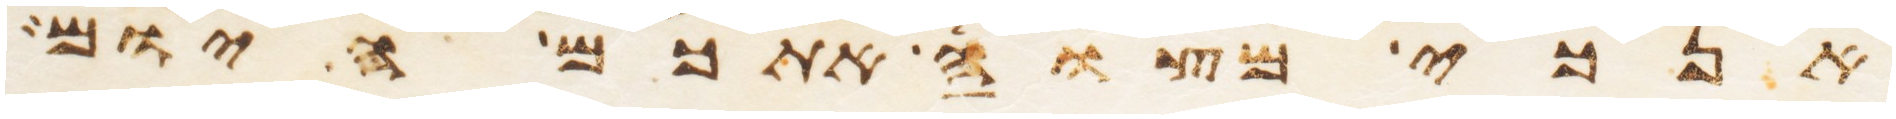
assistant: אנכי מצוה אתכם היום